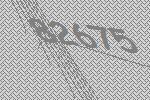
82675